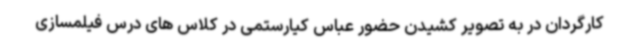
کارگردان در به تصویر کشیدن حضور عباس کیارستمی در کلاس های درس فیلمسازی